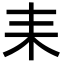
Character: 耒